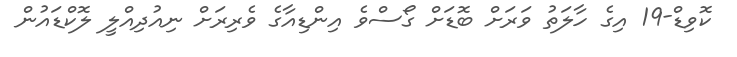
ކޮވިޑް-19 އިގެ ހާލަތު ވަރަށް ބޮޑަށް ގޯސްވެ އިންޑިއާގެ ވެރިރަށް ނިއުދިއްލީ ލޮކްޑައުން